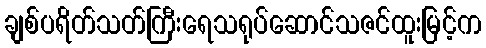
ချစ်ပရိတ်သတ်ကြီးရေသရုပ်ဆောင်သဇင်ထူးမြင့်က